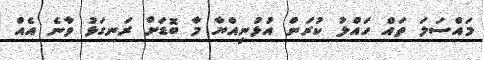
މައްސަލަ ތައް ހައްލު ކުރަން އުޅުނިއްޔާ މާ ބޮޑަށް ރަނގަޅު ވާނެ އެއް